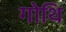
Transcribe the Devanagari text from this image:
गोथि